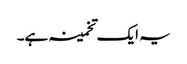
یہ ایک تخمینہ ہے۔